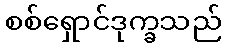
စစ်ရှောင်ဒုက္ခသည်